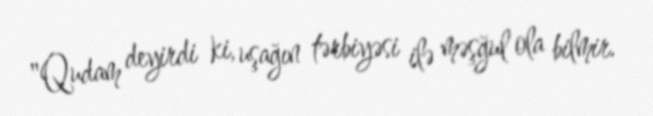
"Qudam deyirdi ki, uşağın tərbiyəsi ilə məşğul ola bilmir.